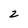
Character: 2